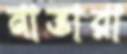
নাভারা